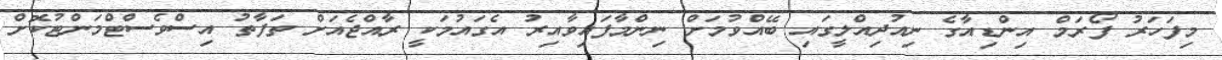
މިފަހަރު ފޯރަމް އިންޑިއާގެ ނިއުދިއްލީގައި ބޭއްވުމަށް ނިންމާފައިވާއިރު އެގައުމަކީ ރާއްޖެއަށް ތަފާތު އިސްވެސްޓްމަންޓުކޮށް